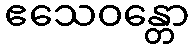
ဧသေဝန္တော